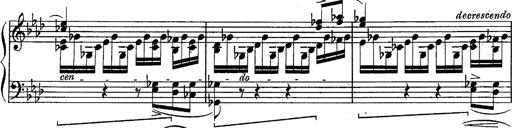
Title: Schubert's Impromptus [revised and edited by Franz Liszt]
Composer: Franz Liszt